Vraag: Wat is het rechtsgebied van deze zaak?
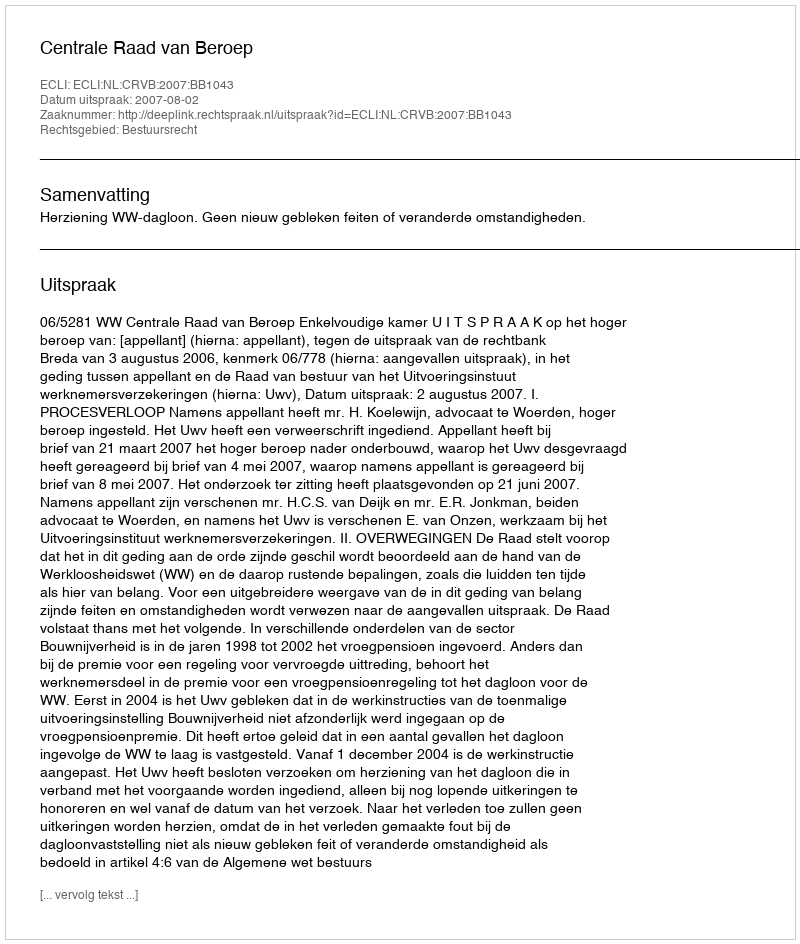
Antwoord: Bestuursrecht